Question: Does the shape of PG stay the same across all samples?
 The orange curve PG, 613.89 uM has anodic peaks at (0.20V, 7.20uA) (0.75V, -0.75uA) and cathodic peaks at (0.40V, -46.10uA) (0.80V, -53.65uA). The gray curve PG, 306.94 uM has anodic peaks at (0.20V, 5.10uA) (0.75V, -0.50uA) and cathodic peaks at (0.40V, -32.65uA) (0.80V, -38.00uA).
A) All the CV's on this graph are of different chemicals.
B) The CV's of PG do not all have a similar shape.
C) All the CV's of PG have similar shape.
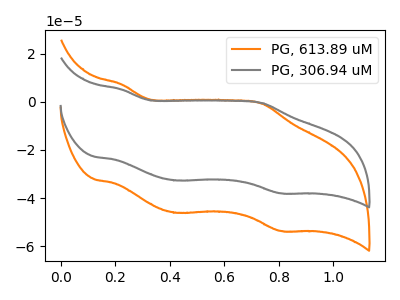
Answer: <think>All the peaks in "PG, 613.89 uM" have a peak in "PG, 306.94 uM" at the same potential.
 </think>
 <answer>C) All the CV's of "PG" have similar shape.</answer>
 <eval>C</eval>